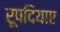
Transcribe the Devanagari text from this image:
रूपदियाए